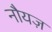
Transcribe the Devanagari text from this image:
नौयज़